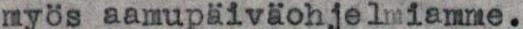
myös aamupäiväohjelmiamme.